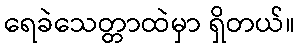
ရေခဲသေတ္တာထဲမှာ ရှိတယ်။